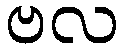
ဗလ